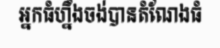
អ្នកធំហ្នឹងចង់បានតំណែងធំ